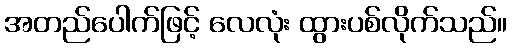
အတည်ပေါက်ဖြင့် လေလုံး ထွားပစ်လိုက်သည်။